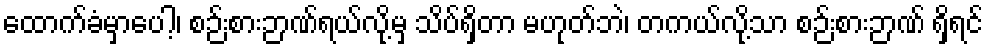
ထောက်ခံမှာပေါ့၊ စဉ်းစားဉာဏ်ရယ်လို့မှ သိပ်ရှိတာ မဟုတ်ဘဲ၊ တကယ်လို့သာ စဉ်းစားဉာဏ် ရှိရင်